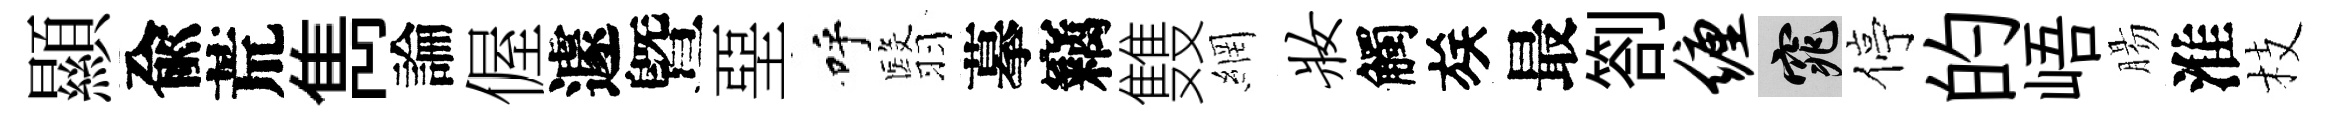
顯兪荒雋論偓遽曁堊呼翳摹竊䨇網妆觸族最劄缠窕停的峿腸淮枝